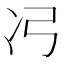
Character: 𮰆